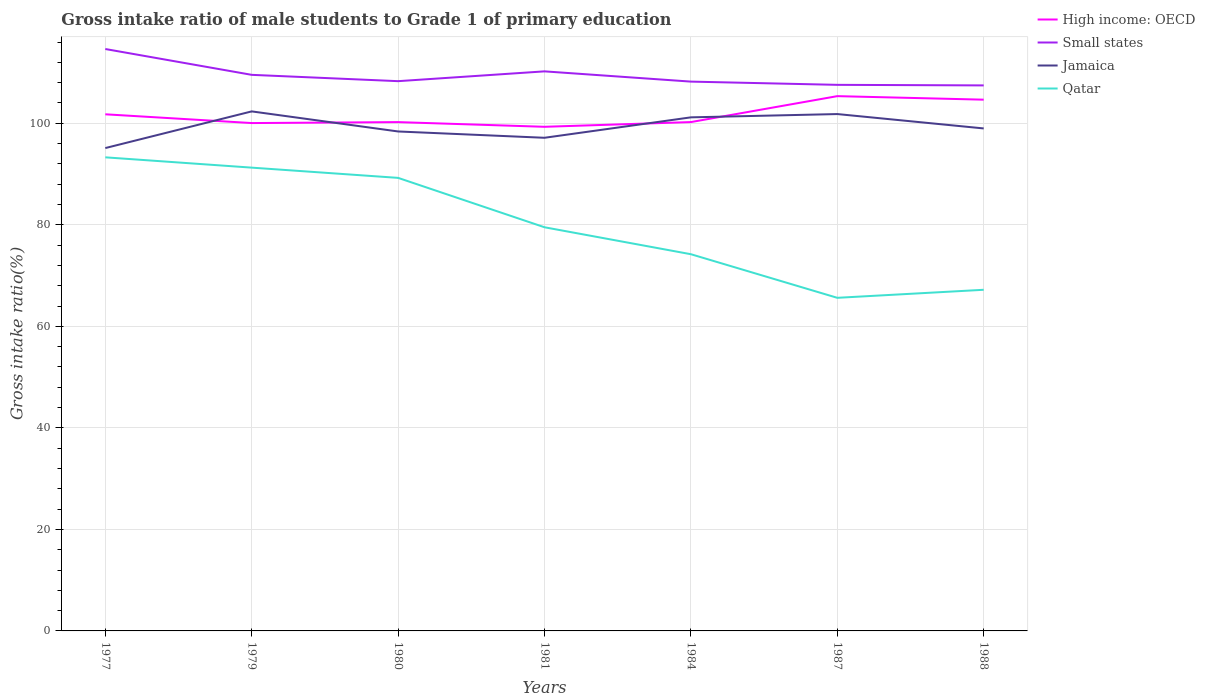
| Years | High income: OECD | Small states | Jamaica | Qatar |
 | --- | --- | --- | --- | --- |
 | 1977 | 102 | 115 | 95.1 | 93.3 |
 | 1979 | 100 | 110 | 102 | 91.3 |
 | 1980 | 100 | 108 | 98.4 | 89.2 |
 | 1981 | 99.3 | 110 | 97.1 | 79.5 |
 | 1984 | 100 | 108 | 101 | 74.2 |
 | 1987 | 105 | 108 | 102 | 65.6 |
 | 1988 | 105 | 107 | 99 | 67.2 |